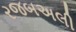
રજબઅલી